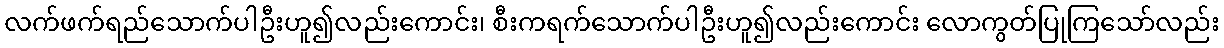
လက်ဖက်ရည်သောက်ပါဦးဟူ၍လည်းကောင်း၊ စီးကရက်သောက်ပါဦးဟူ၍လည်းကောင်း လောကွတ်ပြုကြသော်လည်း